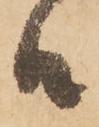
候